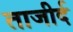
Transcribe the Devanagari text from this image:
ताजीर्द